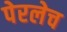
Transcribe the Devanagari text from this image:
पेरलेच